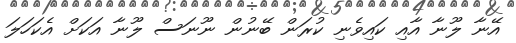
އޭނާ ލޫނާ އާއި ކައިވެނި ކުރަން ބޭނުން ނޫނަސް ލޫނާ އަކަށް އެކަހަލަ